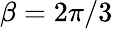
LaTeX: \beta=2\pi/3